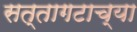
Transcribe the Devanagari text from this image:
सत्तागटाच्या